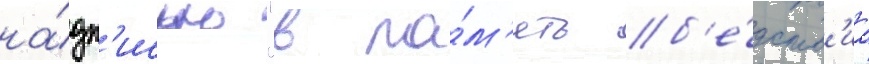
на́дп'исью "в па́м'ять б'е́дств'иа